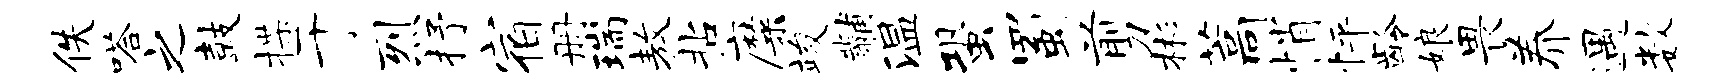
佚嗒之鼓揲于烈抒宿册瑞敖拈靡竣黼温蛩蜀剪彬藁悄怦龄娘畏养遇数